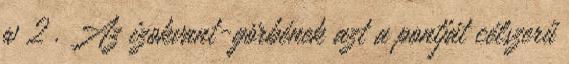
w 2 . Az izokvant-görbének azt a pontját célszerű